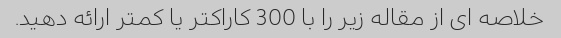
خلاصه ای از مقاله زیر را با 300 کاراکتر یا کمتر ارائه دهید.